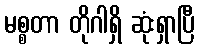
မစ္စတာ တိုဂါရှိ ဆုံးရှာပြီ